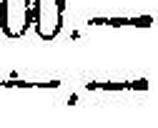
—.—